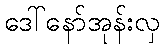
ဒေါ်နော်အုန်းလှ